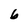
Character: b